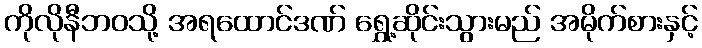
ကိုလိုနီဘဝသို့ အရထောင်ဒဏ် ရွှေ့ဆိုင်းသွားမည် အမိုက်စားနှင့်